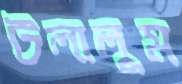
টলালুম